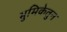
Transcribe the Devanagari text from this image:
भुमिकेतुन